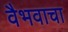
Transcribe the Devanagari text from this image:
वैभवाचा